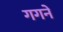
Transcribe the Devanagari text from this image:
गगने